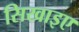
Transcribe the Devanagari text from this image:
सिखाइए